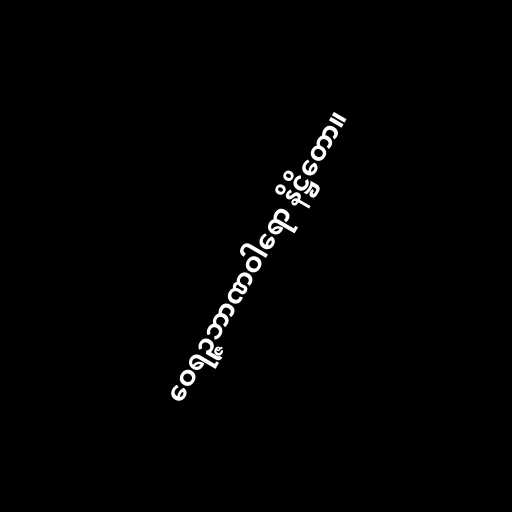
ဝေရဉ္ဇဘာဏဝါရော နိဋ္ဌိတော။